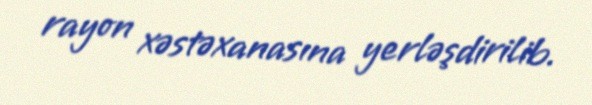
rayon xəstəxanasına yerləşdirilib.